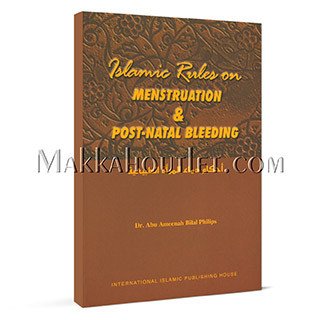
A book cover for Islamic Rules on Menstruation & Post-Natal Bleeding; Ph.D. Abu Ameenah Bilal Philips; Health, Fitness & Dieting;